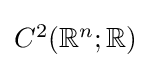
{\textstyle C^{2}(\mathbb {R} ^{n};\mathbb {R} )}